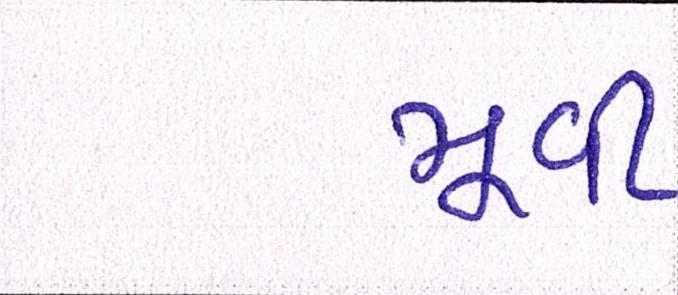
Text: મૂવી